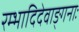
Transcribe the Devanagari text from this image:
रम्भादिदेवाङ्गनाः